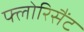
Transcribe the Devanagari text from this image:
फ्लोरिसैंट